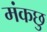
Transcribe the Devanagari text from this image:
मंकछु